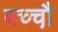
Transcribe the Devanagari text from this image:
बच्चौ़